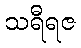
သရီရဇ